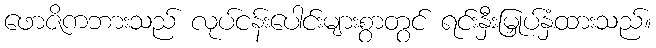
ဖောဇိကဘားသည် လုပ်ငန်းပေါင်းများစွာတွင် ရင်းနှီးမြှုပ်နှံထားသည်။